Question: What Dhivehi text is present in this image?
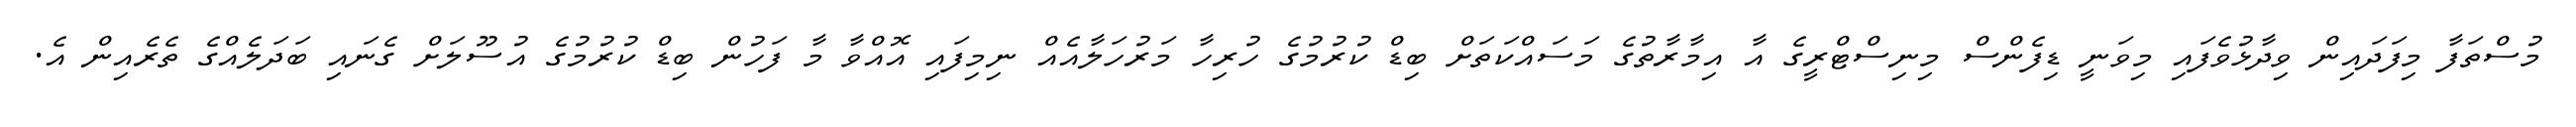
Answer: މުސްތަފާ މިފަދައިން ވިދާޅުވެފައި މިވަނީ ޑިފެންސް މިނިސްޓްރީގެ އާ އިމާރާތުގެ މަސައްކަތަށް ބިޑް ކުރުމުގެ ހުރިހާ މަރުހަލާއެއް ނިމިފައި އޮއްވާ މާ ފަހުން ބިޑް ކުރުމުގެ އުސޫލަށް ގެނައި ބަދަލެއްގެ ތެރެއިން އެ.